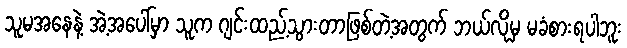
သူမအနေနဲ့ အဲ့အပေါ်မှာ သူက ဂျင်းထည့်သွားတာဖြစ်တဲ့အတွက် ဘယ်လိုမှ မခံစားရပါဘူး